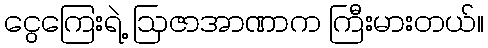
ငွေကြေးရဲ့ ဩဇာအာဏာက ကြီးမားတယ်။